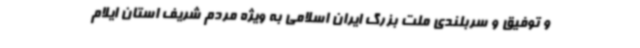
و توفیق و سربلندی ملت بزرگ ایران اسلامی به ویژه مردم شریف استان ایلام